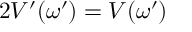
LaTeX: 2 V ^ { \prime } ( \omega ^ { \prime } ) = V ( \omega ^ { \prime } )